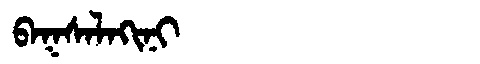
Manchu: ᠪᠠᡴᠰᠠᠯᠠᡴᡳᠨᡳ
Romanization: BAKSALAKINI